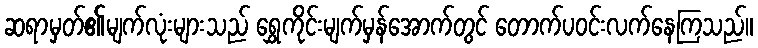
ဆရာမှတ်၏မျက်လုံးများသည် ရွှေကိုင်းမျက်မှန်အောက်တွင် တောက်ပဝင်းလက်နေကြသည်။